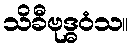
သိခီဗုဒ္ဓဝံသ။